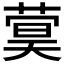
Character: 𬝫